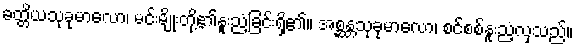
ခတ္တိယသုခုမာလော၊ မင်းမျိုးတို့၏နူးညံ့ခြင်းရှိ၏။ အစ္ဆန္တသုခုမာလော၊ စင်စစ်နူးညံ့လှသည်။